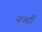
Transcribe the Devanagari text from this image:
नज्दी